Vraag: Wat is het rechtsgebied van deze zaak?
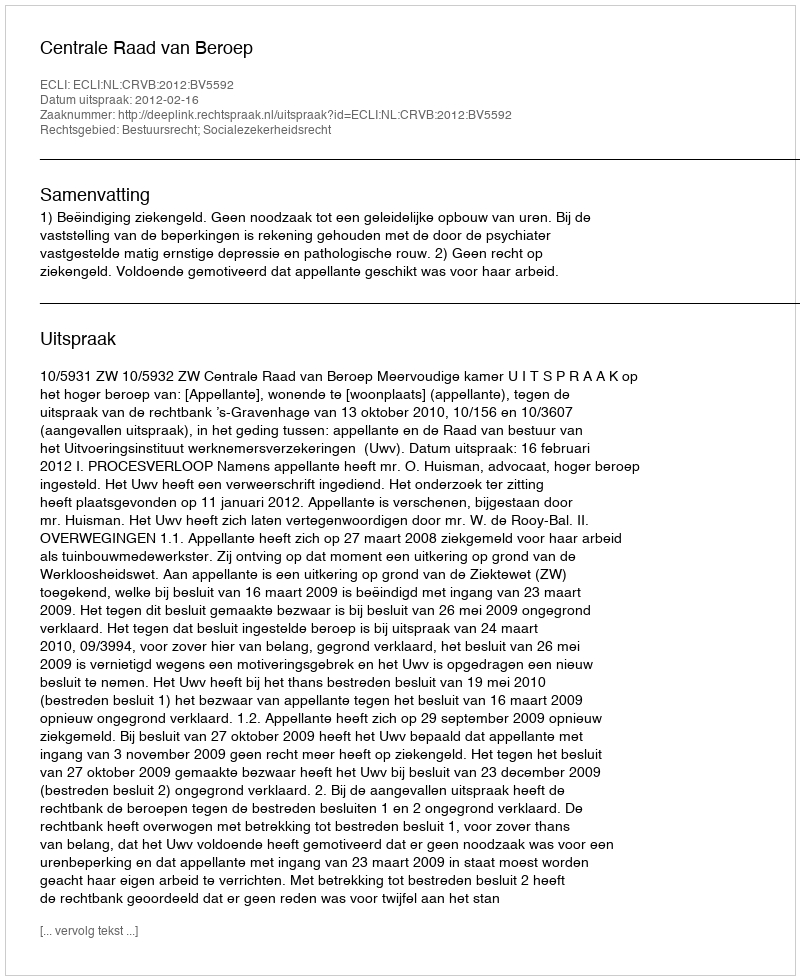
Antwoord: Bestuursrecht; Socialezekerheidsrecht